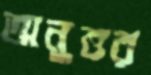
অনুত্তর